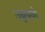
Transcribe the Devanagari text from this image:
उन्नयनी